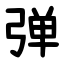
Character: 弹